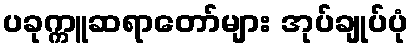
ပခုက္ကူဆရာတော်များ အုပ်ချုပ်ပုံ